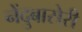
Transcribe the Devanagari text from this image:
नेंदुबासेरी